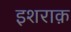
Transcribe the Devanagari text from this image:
इशराक़